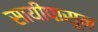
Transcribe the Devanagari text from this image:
सायीपासून